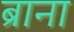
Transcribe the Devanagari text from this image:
ब्राना